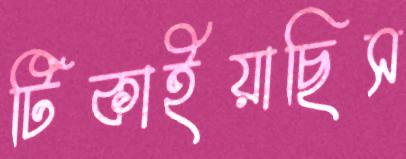
টিকাইয়াছিস